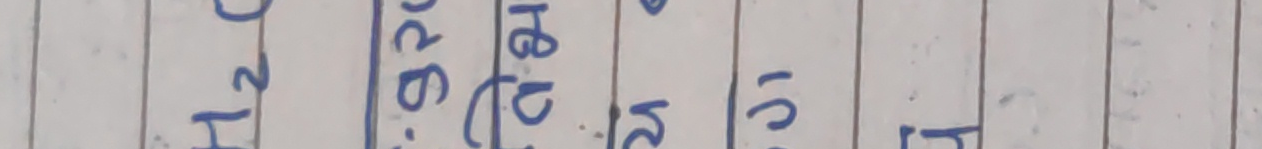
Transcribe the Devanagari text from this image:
H२cba२cisl